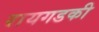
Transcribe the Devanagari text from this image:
रायगडकी